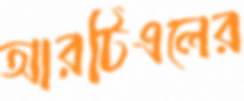
আরটিএলের